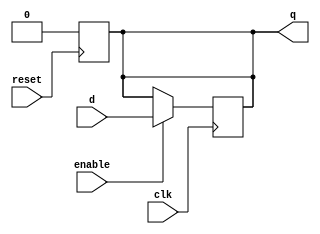
module rff(q, d, clk, enable, reset);
   /****************************
    An Edge-Triggerred Flip-flop 
    Written by H. Roumani, 2008.
    resaet added by M. Spetsakis, 2019
    ****************************/
   output q;
   input  d, clk, enable, reset;
   reg 	  q;

   always @(posedge reset)
     q<= 1'b0;
   always @(posedge clk)
     if (enable) q <= d; 
endmodule

module rregister(q, d, clk, enable, reset);
   /****************************
    An Edge-Triggerred Register.
    Written by H. Roumani, 2008.
    resaet added by M. Spetsakis, 2019
    ****************************/
   parameter SIZE = 2;
   output [SIZE-1:0] q;
   input [SIZE-1:0]  d;
   input 	     clk, enable, reset;

   rff myFF[SIZE-1:0](q, d, clk, enable, reset);
endmodule // rregister
	    
module yMux1(z, a, b, c); 
   output z; 
   input  a, b, c; 
   wire   notC, upper, lower; 
   not my_not(notC, c); 
   and upperAnd(upper, a, notC); 
   and lowerAnd(lower, c, b); 
   or my_or(z, upper, lower); 
endmodule // yMux1

module yMux(z, a, b, c); 
   parameter SIZE = 7; 
   output [SIZE-1:0] z; 
   input [SIZE-1:0]  a, b; 
   input 	     c; 
   yMux1 mine[SIZE-1:0](z, a, b, c); 
endmodule // yMux

module yMux4to1(z, a0,a1,a2,a3, c); 
   parameter SIZE = 2; 
   output [SIZE-1:0] z; 
   input [SIZE-1:0]  a0, a1, a2, a3; 
   input [1:0] 	     c; 
   wire [SIZE-1:0]   zLo, zHi; 
   yMux #(SIZE) lo(zLo, a0, a1, c[0]); 
   yMux #(SIZE) hi(zHi, a2, a3, c[0]); 
   yMux #(SIZE) final(z, zLo, zHi, c[1]); 
endmodule 

module yAdder1(z, cout, a, b, cin); 
   output z, cout; 
   input  a, b, cin; 
   xor left_xor(tmp, a, b); 
   xor right_xor(z, cin, tmp); 
   and left_and(outL, a, b); 
   and right_and(outR, tmp, cin); 
   or my_or(cout, outR, outL); 
endmodule

module yAdder(s, cout, a, b, cin);
   parameter SIZE = 2;
   output [SIZE-1:0] s; 
   output 	 cout; 
   input [SIZE-1:0]  a, b; 
   input 	 cin; 
   wire [SIZE-1:0] 	 in, out; 
   yAdder1 mine[SIZE-1:0](s, out, a, b, in); 
   assign {cout,in} = {out,cin};
endmodule // yAdder

module sllreg(Q, dt, shl, ld, clk, reset);
   parameter SIZE = 3;		// I like to put weird numbers to make
   output [SIZE-1:0] Q;		// verilog give warnings if not all is not OK
   input [SIZE-1:0]  dt;
   input 	     shl, ld, clk, reset;
   wire [SIZE-1:0]   inp;
   
   rregister #(SIZE) myreg(Q, inp, clk, 1'b1, reset);
   yMux4to1 #(SIZE) mymux(inp, 
			  Q, 
			  { Q[SIZE-2:0], 1'b0 },
			  dt,
			  {SIZE{1'b0}},
			  {ld, shl});
endmodule

module cntr(Z, cnt, clk, reset);
   parameter SIZE = 10;
   output reg Z;
   input      cnt, clk, reset;
   wire       notcnt;
   wire [SIZE-1:0] regout;

   not(notcnt,cnt);
   
   sllreg #(SIZE) cntreg(regout, 
			 {{(SIZE-1){1'b0}}, 1'b1}, 
			 cnt, notcnt, clk, reset);
   always @(regout)
     Z = (regout==0)?1'b1:1'b0;
endmodule  

module itmult(HM,LM,A,B,fin,start, clk, reset);
   parameter SIZE = 6;
   output [SIZE-1:0] HM, LM;
   input [SIZE-1:0]  A, B;
   output	     fin;
   input 	     start, clk, reset;
   wire [SIZE-1:0]   addout, gA;
   wire 	     cout;
   wire [2*SIZE-1:0] accum, muxout;

    and gateA[SIZE-1:0](gA,A,accum[0]);
   cntr     #(SIZE)    mcntr(fin, start, clk, reset);
   yAdder   #(SIZE)    madder(addout, cout, gA, accum[2*SIZE-1:SIZE],1'b0);
   rregister #(2*SIZE) mreg(accum, muxout, clk, 1'b1, reset);
   yMux     #(2*SIZE)  mmux(muxout, 
			   {{SIZE{1'b0}},B},
			   {cout,addout,accum[SIZE-1:1]},
			   start);
   assign {HM,LM} = accum;
endmodule // itmult

module labM;
    parameter SIZE = 4;
    reg [SIZE-1:0]   A, B;
   reg [2*SIZE-1:0] res;
   wire [SIZE-1:0]  HM, LM;
   reg 		       clk, start, reset;
   wire 	       fin;
   integer i, j;

   itmult #(SIZE) tstitmult(HM, LM, A, B, fin, start, clk, reset);

    initial
        begin
            repeat(5)
            begin
            i = $random; j = $random;
                clk = 1'b0;
                #2;
                reset = 1'b1;
                #2;
                reset = 1'b0;
                #2;
                start = 1'b0;
                A = i;
                B = j;
                #2;
                clk = 1'b1; 
                #2 
                clk = 1'b0; 
                #2;
                start = 1'b1;

                repeat(SIZE)
                begin
                    #2 $display("%2d:   a = %2d   b = %2d   ANS = %d", $time, A, B, {HM, LM});
                    clk = 1'b1; #2; clk = 1'b0; #2;
                end
            end
        end

endmodule